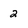
Character: 2